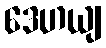
ဒေဟယျ